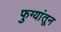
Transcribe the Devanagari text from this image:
फुग्यांतून